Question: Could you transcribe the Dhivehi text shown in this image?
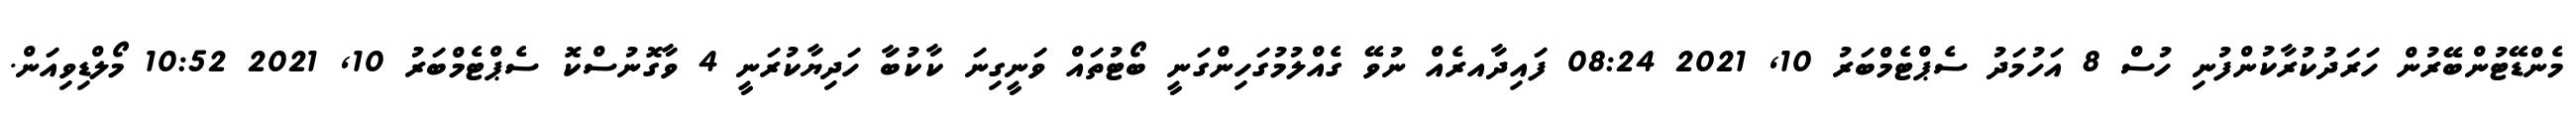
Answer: މެންޑޭޓުންބޭރުން ހަރަދުކުރާކުންފުނި ހުސް 8 އަހުމަދު ސެޕްޓެމްބަރު 10, 2021 08:24 ފައިދާއރެއް ނުވޭ ގެއްލުމުގަހިންގަނީ ބޯޓުތައް ވަނީގިނަ ކާކުބަާ ހަދިޔާކުރަނީ 4 ވާގޮނުސްކޮ ސެޕްޓެމްބަރު 10, 2021 10:52 މޯލްޑިވިއަން.